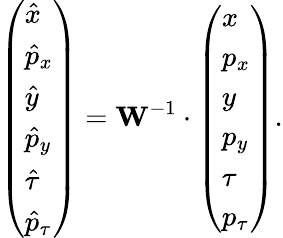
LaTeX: \left(\begin{array}{l}{\hat{x}}\\ {\hat{p}_{x}}\\ {\hat{y}}\\ {\hat{p}_{y}}\\ {\hat{\tau}}\\ {\hat{p}_{\tau}}\end{array}\right)=\mathbf{W}^{-1}\cdot\left(\begin{array}{l}{x}\\ {p_{x}}\\ {y}\\ {p_{y}}\\ {\tau}\\ {p_{\tau}}\end{array}\right).